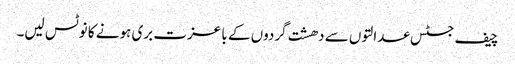
چیف جسٹس عدالتوں سے دھشت گردوں کے با عزت بری ہونے کا نوٹس لیں۔